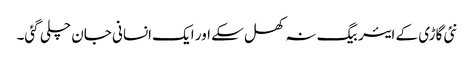
نئی گاڑی کے ایئر بیگ نہ کھل سکے اور ایک انسانی جان چلی گئی۔